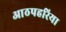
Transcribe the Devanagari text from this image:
आठपहरिया